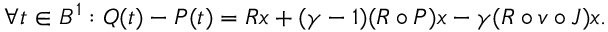
\forall t \in B ^ { 1 } : Q ( t ) - P ( t ) = R x + ( \gamma - 1 ) ( R \circ P ) x - \gamma ( R \circ v \circ J ) x .